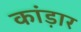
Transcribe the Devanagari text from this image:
कांड़ार